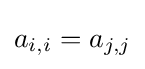
a_{i,i}=a_{j,j}